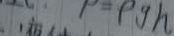
P = P g h